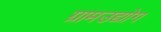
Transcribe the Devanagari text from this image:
ग्रामउद्योग